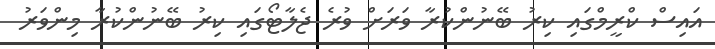
އައިސް ކްރީމްގައި ކިރު ބޭނުންކުރާ ވަރަށް ވުރެ ޖެލާޓޯގައި ކިރު ބޭނުންކުރާ މިންވަރު